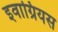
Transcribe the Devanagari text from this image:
इवाग्रियस